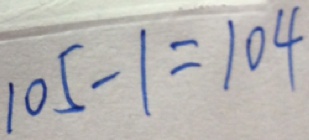
1 0 5 - 1 = 1 0 4